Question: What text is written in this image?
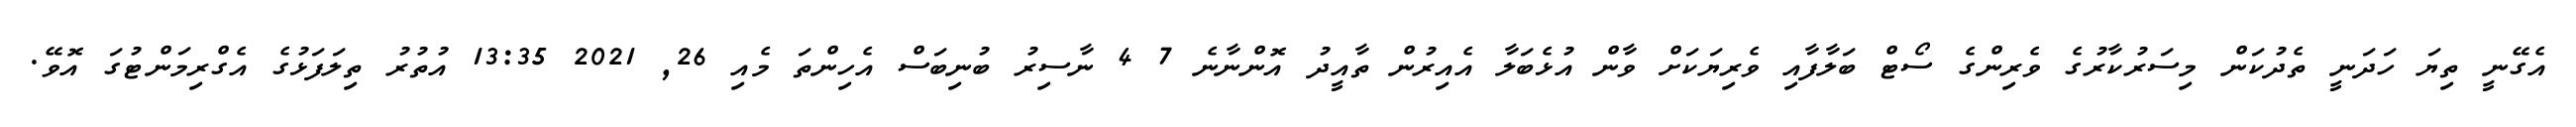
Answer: އެގޭނީ ތިޔަ ހަދަނީ ތެދުކަން މިސަރުކާރުގެ ވެރިންގެ ސޯޓް ބަލާފާއި ވެރިޔަކަށް ވާން އުޅެބަލާ އެއިރުން ތާއީދު އޮންނާނެ 7 4 ނާސިރު ބުނިބަސް އެހިންތަ މެއި 26, 2021 13:35 އުތުރު ތިލަފަޅުގެ އެގްރިމަންޓުގަ އޮވޭ.